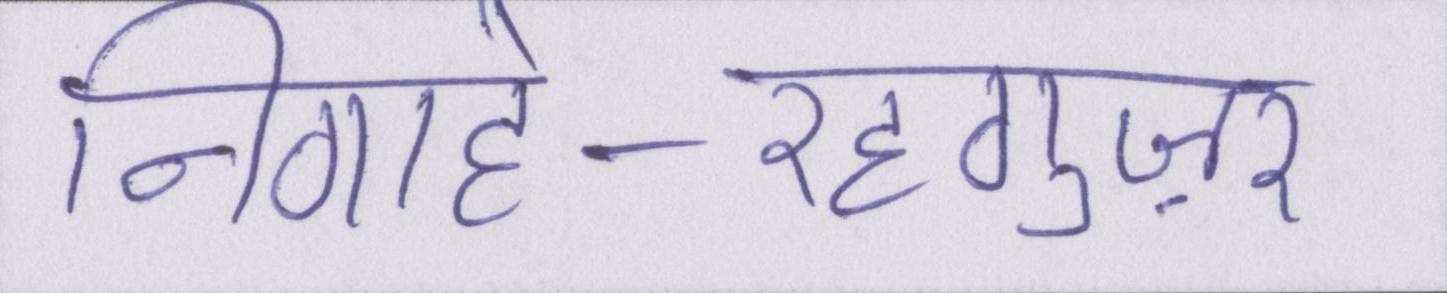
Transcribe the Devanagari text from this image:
निगाहे-रहगुज़र